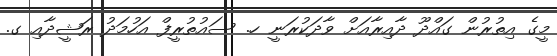
މީގެ އިތުރުން ގައްދޫ ދާއިރާއަށް ވާދަކުރަނީ ހ. ސައުތުރީފް އަހުމަދު ރަޝީދާއި ގ.